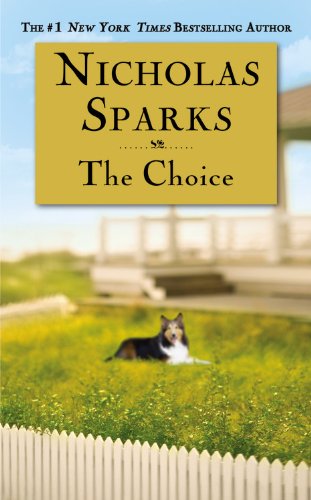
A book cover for The Choice; Nicholas Sparks; Romance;